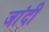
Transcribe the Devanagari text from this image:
जांदी